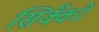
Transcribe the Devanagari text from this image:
सिक्कोँ